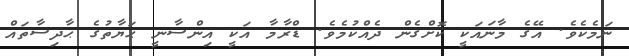
ނަމެކެވެ. އޭގެ މާނައަކީ ކޮށްގެން ދެއްކުމެވެ. ޑްރާމާ އަކީ އިންސާނީ ޙަޔާތުގެ ޙާދިސާތައް